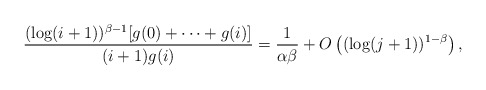
\begin{align*} \frac{(\log(i+1))^{\beta-1}[g(0)+\cdots+g(i)]}{(i+1)g(i)}=\frac{1}{\alpha\beta} +O\left((\log(j+1))^{1-\beta}\right),\end{align*}